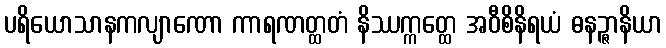
ပရိယောသာနကလျာဏော ကာရဏတ္ထတံ နိဿက္ကတ္ထေ အဝီစိနိရယံ ဓနဉ္ဇာနိယာ